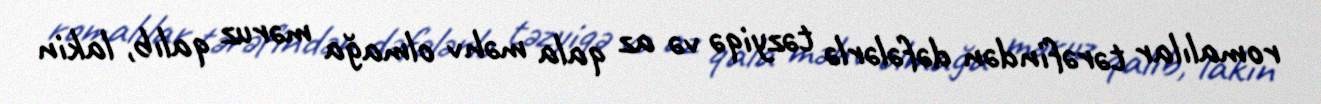
romalılar tərəfindən dəfələrlə təzyiqə və az qala məhv olmağa məruz qalıb, lakin